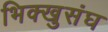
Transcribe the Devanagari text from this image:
भिक्खुसंघ